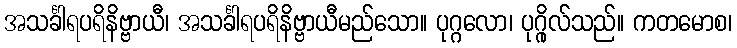
အသင်္ခါရပရိနိဗ္ဗာယီ၊ အသင်္ခါရပရိနိဗ္ဗာယီမည်သော။ ပုဂ္ဂလော၊ ပုဂ္ဂိုလ်သည်။ ကတမောစ၊